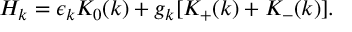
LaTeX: H _ { k } = \epsilon _ { k } K _ { 0 } ( k ) + g _ { k } [ K _ { + } ( k ) + K _ { - } ( k ) ] .